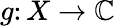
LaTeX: g\colon X\rightarrow\mathbb{C}